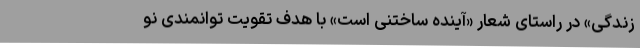
زندگی» در راستای شعار «آینده ساختنی است» با هدف تقویت توانمندی نو